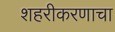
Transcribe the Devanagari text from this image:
शहरीकरणाचा